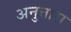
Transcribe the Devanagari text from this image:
अनुत्तारा